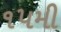
૧૫મી